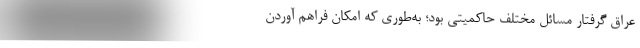
عراق گرفتار مسائل مختلف حاکمیتی بود؛ به‌طوری که امکان فراهم آوردن